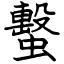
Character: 蟿